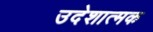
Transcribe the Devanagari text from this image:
उदेशात्मक